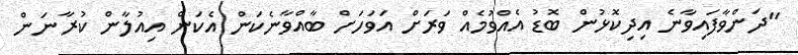
"ދަންވާފައިވާނެ އިދިކޮޅުން ބޮޑު އެއްވުމެއް ވަރަށް އަވަހަށް ބާއްވާނެކަން އެކަން އިއުލާން ކުރާނަން